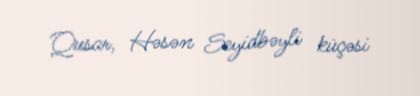
Qusar, Həsən Seyidbəyli küçəsi